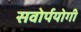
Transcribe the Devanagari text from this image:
सवोर्पयोगी